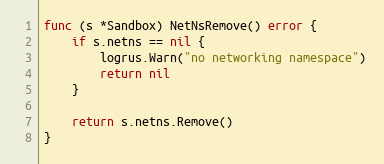
Language: Go
func (s *Sandbox) NetNsRemove() error {
	if s.netns == nil {
		logrus.Warn("no networking namespace")
		return nil
	}

	return s.netns.Remove()
}